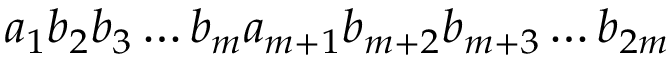
a _ { 1 } b _ { 2 } b _ { 3 } \dots b _ { m } a _ { m + 1 } b _ { m + 2 } b _ { m + 3 } \dots b _ { 2 m }